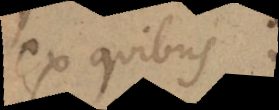
ex quibus